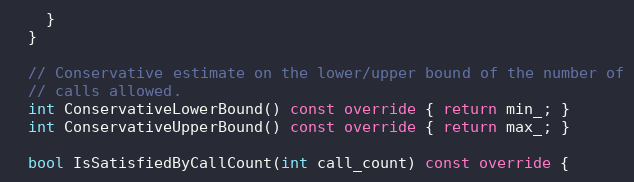
Language: C++
    }
  }

  // Conservative estimate on the lower/upper bound of the number of
  // calls allowed.
  int ConservativeLowerBound() const override { return min_; }
  int ConservativeUpperBound() const override { return max_; }

  bool IsSatisfiedByCallCount(int call_count) const override {